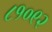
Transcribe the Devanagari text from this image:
८१०९२